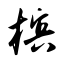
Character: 槟